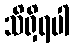
သိရှိရပါ